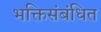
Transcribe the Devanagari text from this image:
भक्तिसंबंधित